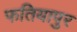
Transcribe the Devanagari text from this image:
फतियापुर